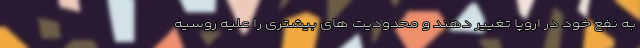
به نفع خود در اروپا تغییر دهند و محدودیت های بیشتری را علیه روسیه